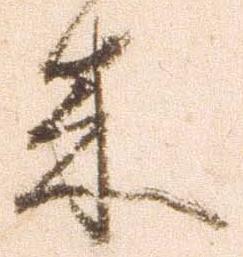
来